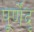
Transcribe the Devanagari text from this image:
पूर्णेंदू